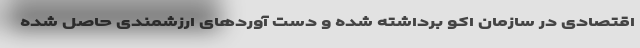
اقتصادی در سازمان اکو برداشته شده و دست آوردهای ارزشمندی حاصل شده